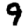
Digit: 9